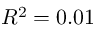
R ^ { 2 } = 0 . 0 1